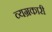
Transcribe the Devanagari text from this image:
व्यग्रकारी